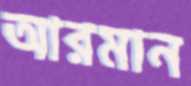
আরমান